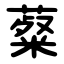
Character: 薒